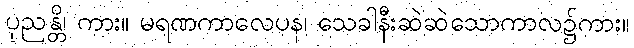
ပုညန္တိ၊ ကား။ မရဏကာလေပန၊ သေခါနီးဆဲဆဲသောကာလ၌ကား။